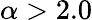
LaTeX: \alpha>2.0